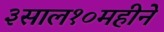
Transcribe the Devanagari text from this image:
३साल१०महीने